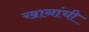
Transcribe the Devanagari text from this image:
खानांची